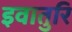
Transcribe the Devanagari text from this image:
इवातुरि